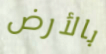
بالأرض